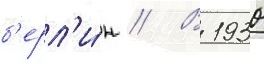
б'ерл'и́н // В 1930